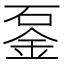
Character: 𨥴